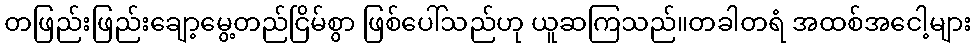
တဖြည်းဖြည်းချော့မွေ့တည်ငြိမ်စွာ ဖြစ်ပေါ်သည်ဟု ယူဆကြသည်။တခါတရံ အထစ်အငေါ့များ